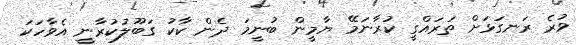
ވުރެ ރަނގަޅަށް ތަރައްގީ ކުރާނަމޭ ޔާމީން ބުނީމަ ދެން ކާކު ގަބޫލުކުރާނީ އެވާހަކަ